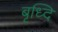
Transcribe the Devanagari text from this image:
बृध्दि